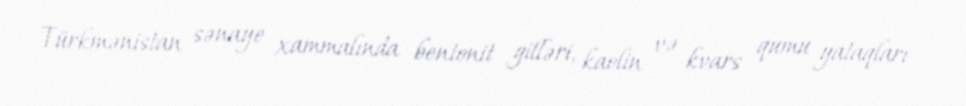
Türkmənistan sənaye xammalında bentonit gilləri, kaolin və kvars qumu yataqları